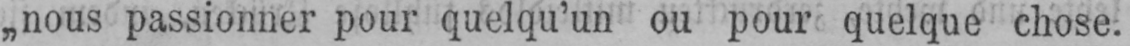
„nous passionner pour quelqu’un ou pour quelque chose.